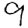
Digit: 9